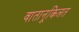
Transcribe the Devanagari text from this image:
वातानूकिलत